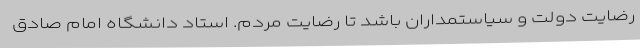
رضایت دولت و سیاستمداران باشد تا رضایت مردم. استاد دانشگاه امام صادق